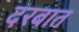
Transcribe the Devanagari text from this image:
दरबात